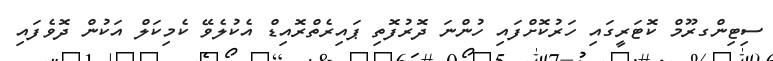
ސިޓިންގރޫމް ކޮޓަރީގައި ހަރުކޮށްފައި ހުންނަ ދޮރުފޮތި ޕައިރެތްރޮއިޑް އެކުލެވޭ ކެމިކަލް އަކުން ދޮވެފައި